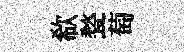
欷甃萄